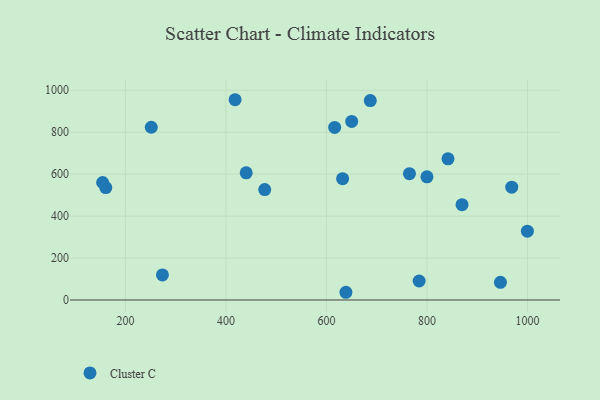
{"axis": {"x": "Price", "y": "Exam Score"}, "legend": ["Cluster C"], "data": [{"x": "946.1", "y": 84.3, "type": "Cluster C"}, {"x": "418.2", "y": 954.9, "type": "Cluster C"}, {"x": "161.0", "y": 536.0, "type": "Cluster C"}, {"x": "968.6", "y": 538.1, "type": "Cluster C"}, {"x": "869.7", "y": 454.6, "type": "Cluster C"}, {"x": "638.7", "y": 36.8, "type": "Cluster C"}, {"x": "616.3", "y": 822.6, "type": "Cluster C"}, {"x": "154.7", "y": 560.2, "type": "Cluster C"}, {"x": "999.7", "y": 328.1, "type": "Cluster C"}, {"x": "841.8", "y": 673.3, "type": "Cluster C"}, {"x": "650.2", "y": 851.2, "type": "Cluster C"}, {"x": "765.1", "y": 602.1, "type": "Cluster C"}, {"x": "440.3", "y": 606.4, "type": "Cluster C"}, {"x": "477.2", "y": 526.7, "type": "Cluster C"}, {"x": "251.5", "y": 823.7, "type": "Cluster C"}, {"x": "799.9", "y": 587.1, "type": "Cluster C"}, {"x": "687.2", "y": 950.8, "type": "Cluster C"}, {"x": "784.4", "y": 90.6, "type": "Cluster C"}, {"x": "632.1", "y": 578.3, "type": "Cluster C"}, {"x": "273.7", "y": 119.3, "type": "Cluster C"}]}